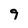
Character: 9